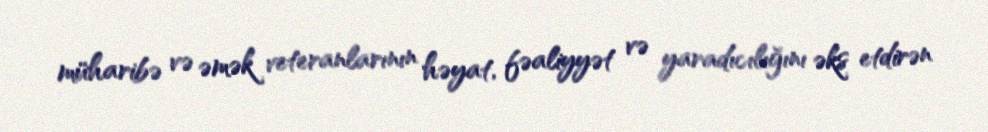
müharibə və əmək veteranlarının həyat, fəaliyyət və yaradıcılığını əks etdirən